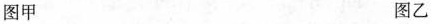
图甲 图乙